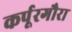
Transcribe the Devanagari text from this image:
कर्पूरगौरा